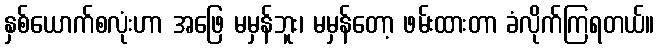
နှစ်ယောက်စလုံးဟာ အဖြေ မမှန်ဘူး၊ မမှန်တော့ ဖမ်းထားတာ ခံလိုက်ကြရတယ်။